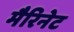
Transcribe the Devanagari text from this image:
मैरिनेट